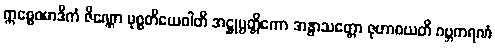
ဣစ္စေဝမာဒိကံ ဇိဏ္ဏော မုစ္စတိယေဝါတိ အဋ္ဌုပ္ပတ္တိကော အနွာသတ္တော ဇုဟာဝယတိ ဂဗ္ဘကရဏံ